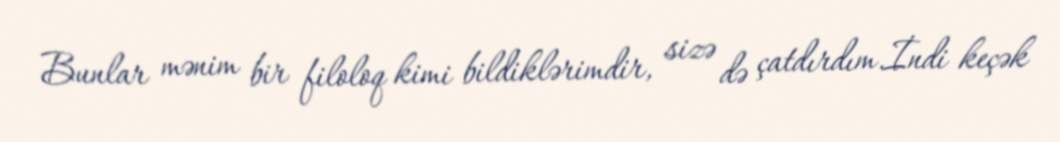
Bunlar mənim bir filoloq kimi bildiklərimdir, sizə də çatdırdım.İndi keçək